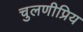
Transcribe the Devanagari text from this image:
चुलणीप्रिय